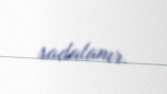
sadalanır.